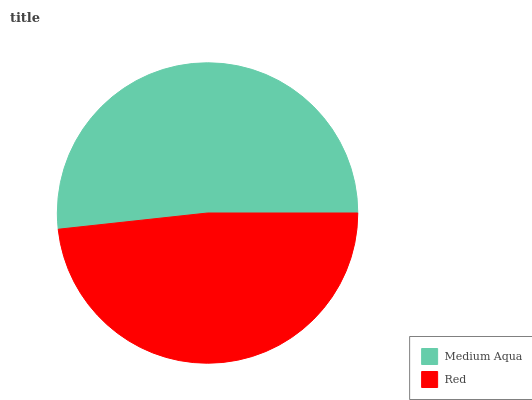
| Medium Aqua | Red |
 | --- | --- |
 | 51.8% | 48.2% |